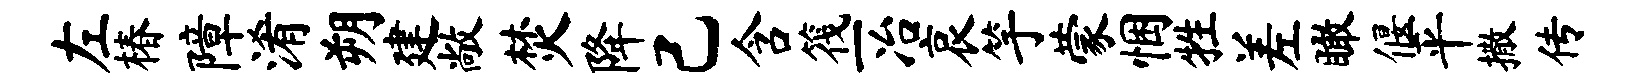
左椿障淆朔建敞焚降己含筏一冶哀竽蒙悃牲差瞰偃平撒传